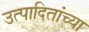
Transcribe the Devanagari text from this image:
उत्पादितांच्या